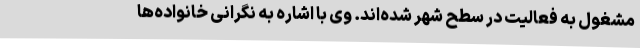
مشغول به فعالیت در سطح شهر شده‌اند. وی با اشاره به نگرانی خانواده‌ها